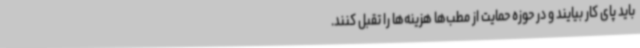
باید پای کار بیایند و در حوزه حمایت از مطب‌ها هزینه‌ها را تقبل کنند.